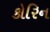
કોરિન